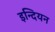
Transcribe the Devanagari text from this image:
इन्दियन